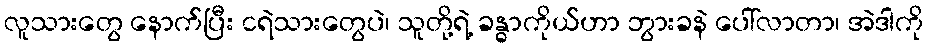
လူသားတွေ နောက်ပြီး ငရဲသားတွေပဲ၊ သူတို့ရဲ့ ခန္ဓာကိုယ်ဟာ ဘွားခနဲ ပေါ်လာတာ၊ အဲဒါကို